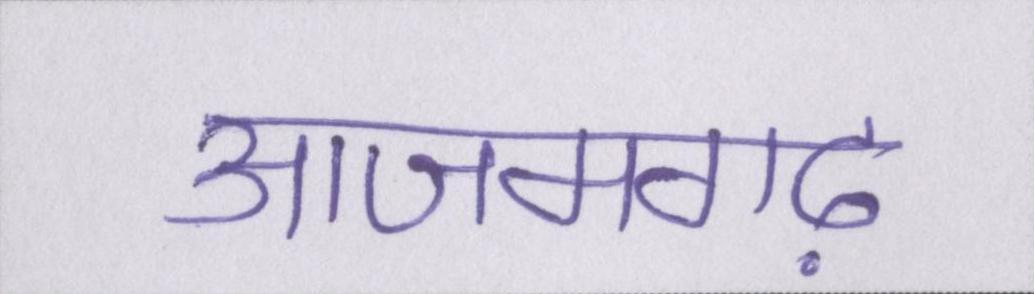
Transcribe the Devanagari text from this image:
आजमगढ़